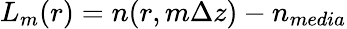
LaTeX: L_{m}(r)=n(r,m\Delta z)-n_{media}